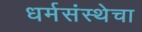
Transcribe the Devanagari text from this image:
धर्मसंस्थेचा